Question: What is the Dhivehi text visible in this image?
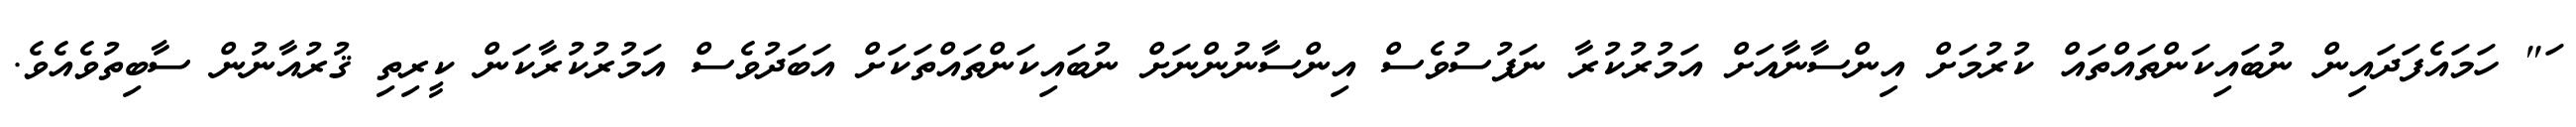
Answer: ަ" ހަމައެފަދައިން ނުބައިކަންތައްތައް ކުރުމަށް އިންސާނާއަށް އަމުރުކުރާ ނަފުސުވެސް އިންސާނުންނަށް ނުބައިކަންތައްތަކަށް އަބަދުވެސް އަމުރުކުރާކަން ކީރިތި ޤުރުއާނުން ސާބިތުވެއެވެ.